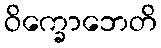
ဝိက္ခောဘေတိ